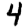
Digit: 4